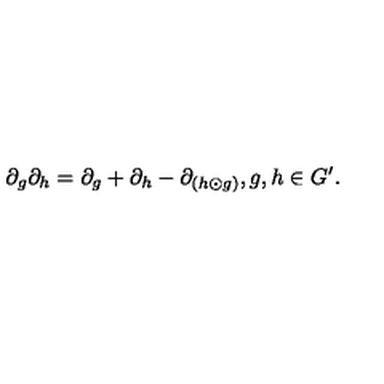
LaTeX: \partial _ { g } \partial _ { h } = \partial _ { g } + \partial _ { h } - \partial _ { ( h \odot g ) } , g , h \in G ^ { \prime } .